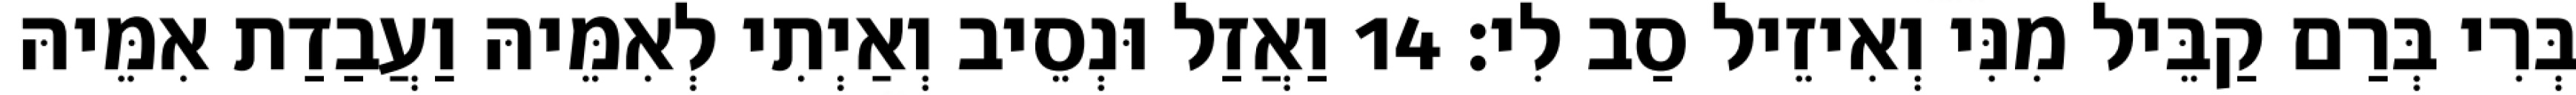
בְּרִי בְּרַם קַבֵּיל מִנִּי וְאִיזֵיל סַב לִי׃ 14 וַאֲזַל וּנְסֵיב וְאַיְתִי לְאִמֵּיהּ וַעֲבַדַת אִמֵּיהּ